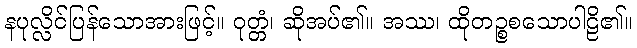
နပုလ္လိင်ပြန်သောအားဖြင့်။ ဝုတ္တံ၊ ဆိုအပ်၏။ အဿ၊ ထိုတဉ္စစသောပါဠိ၏။